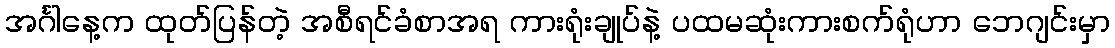
အင်္ဂါနေ့က ထုတ်ပြန်တဲ့ အစီရင်ခံစာအရ ကားရုံးချုပ်နဲ့ ပထမဆုံးကားစက်ရုံဟာ ဘေဂျင်းမှာ